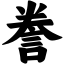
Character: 誊